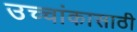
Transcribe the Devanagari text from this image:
उच्चांकासाठी